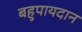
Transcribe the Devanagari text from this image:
बहुपायदान